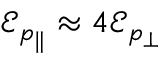
\mathcal { E } _ { p _ { \| } } \approx 4 \mathcal { E } _ { p _ { \perp } }